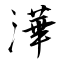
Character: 澕